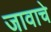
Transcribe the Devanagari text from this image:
जावाचे